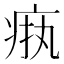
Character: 𬏧